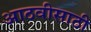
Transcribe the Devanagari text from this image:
आठवीसाठी